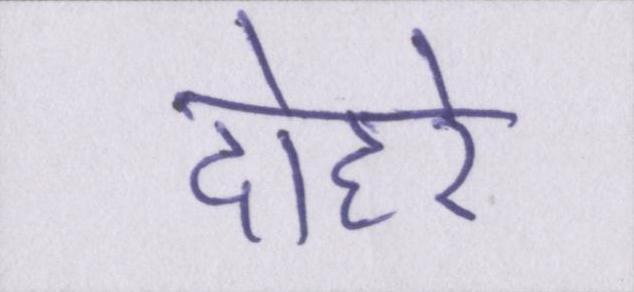
दोहरे